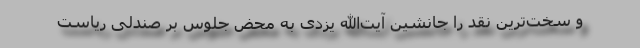
و سخت‌ترین نقد را جانشین آیت‌الله یزدی به محض جلوس بر صندلی ریاست